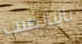
باليانصيب